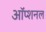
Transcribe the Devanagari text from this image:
ऑप्शनल